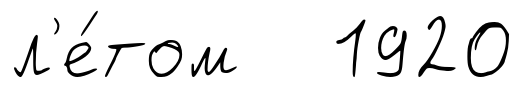
л'е́том 1920